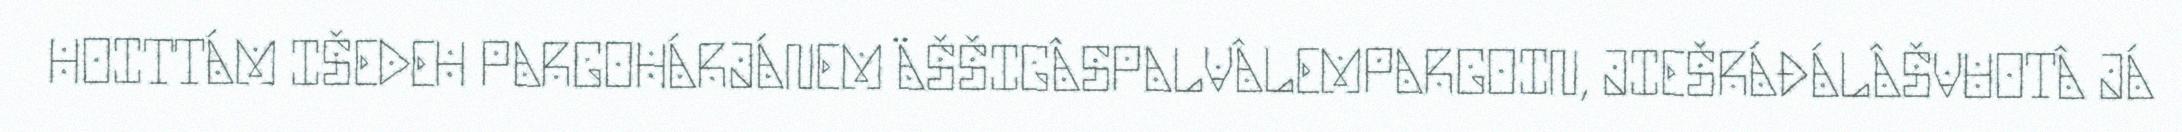
HOITTÁM IŠEDEH PARGOHÁRJÁNEM ÄŠŠIGÂSPALVÂLEMPARGOIN, JIEŠRÁĐÁLÂŠVUOTÂ JÁ